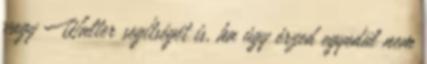
vagy Walter segítségét is, ha úgy érzed egyedül nem